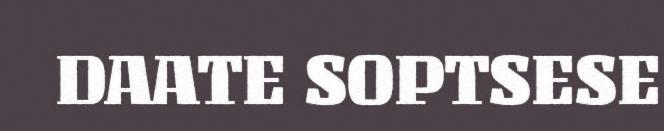
DAATE SOPTSESE